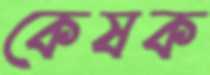
কেষক